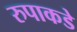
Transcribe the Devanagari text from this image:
रुपाकडे